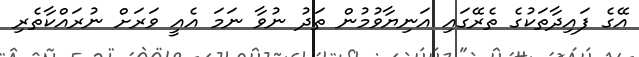
އޭގެ ފައިދާތަކުގެ ތެރޭގައި އަނިޔާވުމުން ތަދު ނުވާ ނަމަ އެއީ ވަރަށް ނުރައްކާތެރި